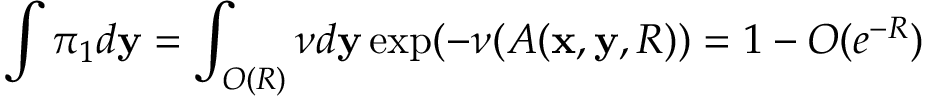
\int \pi _ { 1 } d \mathbf y = \int _ { O ( R ) } \nu d \mathbf y \exp ( - \nu ( A ( \mathbf x , \mathbf y , R ) ) = 1 - O ( e ^ { - R } )